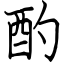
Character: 酌